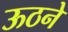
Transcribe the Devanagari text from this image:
ऊठने